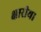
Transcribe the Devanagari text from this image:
क्षारीय।